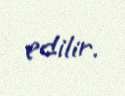
edilir.